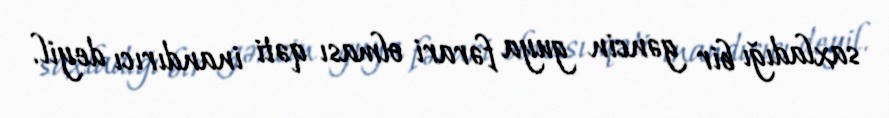
saxladığı bir gəncin guya fərari olması qəti inandırıcı deyil.